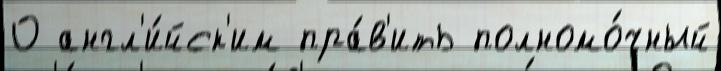
О англ'и́йск'им пра́в'ить полномо́чный